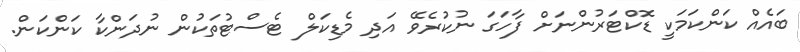
ބައެއް ކަންކަމަކީ ޑޮކްޓަރުންނަށް ފާހަގަ ނުކުރެވޭ އަދި މެޑިކަލް ޓެސްޓުތަކުން ނުދަންކާ ކަންކަން.